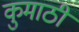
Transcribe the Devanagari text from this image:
कुमाठी